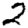
Digit: 2